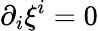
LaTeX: \partial_{i}\xi^{i}=0